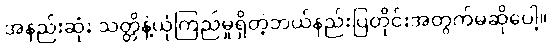
အနည်းဆုံး သတ္တိနဲ့ယုံကြည်မှုရှိတဲ့ဘယ်နည်းပြတိုင်းအတွက်မဆိုပေါ့။